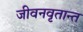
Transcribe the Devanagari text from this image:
जीवनवृतान्त